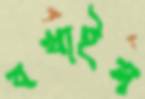
বখাইল